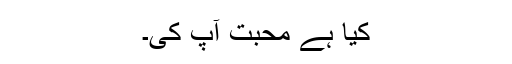
کیا ہے محبت آپ کی۔